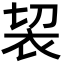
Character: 袃